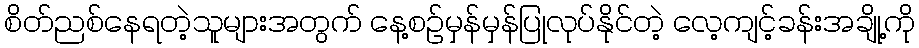
စိတ်ညစ်နေရတဲ့သူများအတွက် နေ့စဉ်မှန်မှန်ပြုလုပ်နိုင်တဲ့ လေ့ကျင့်ခန်းအချို့ကို